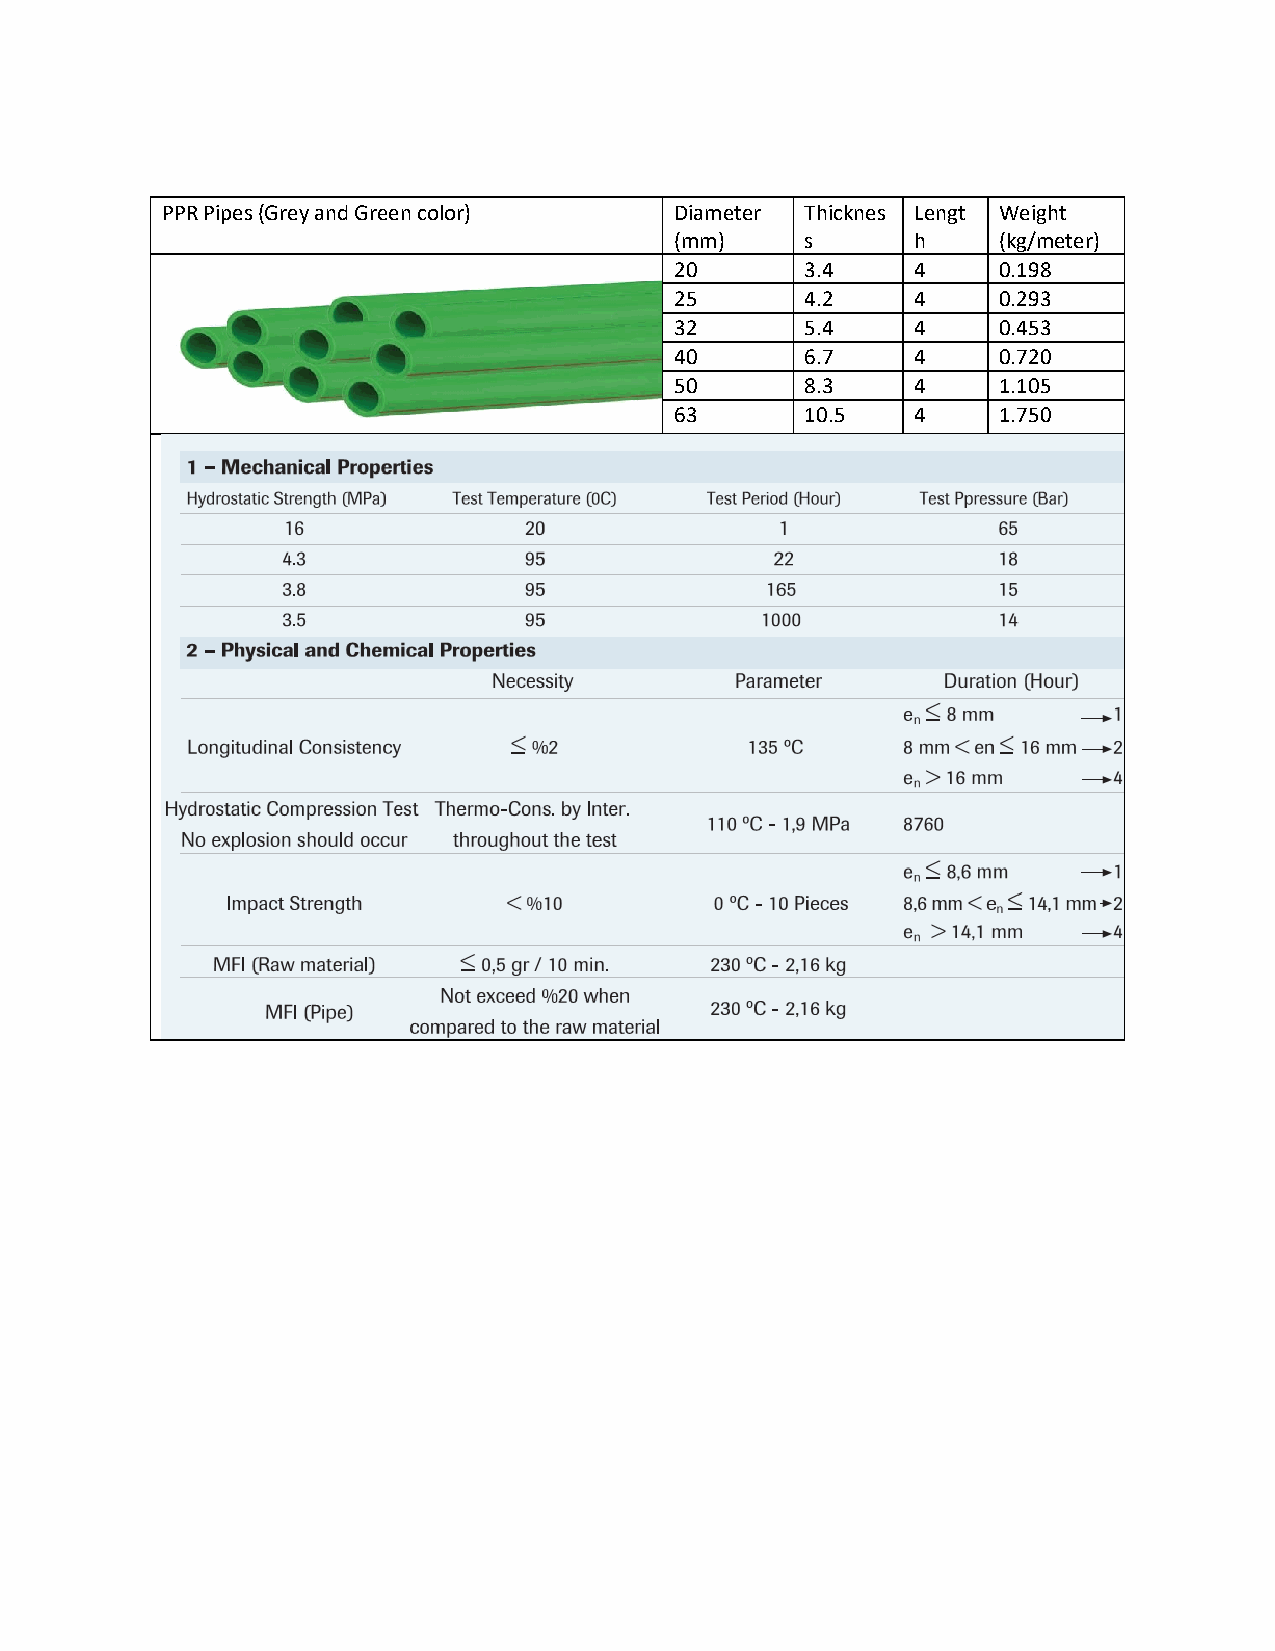
PPR Pipes (Grey and Green color)  Diameter Thicknes Lengt Weight
 (mm)    s       h    (kg/meter)
 20      3.4     4    0.198
 25      4.2     4    0.293
 32      5.4     4    0.453
 40      6.7     4    0.720
 50      8.3     4    1.105
 63      10.5    4    1.750